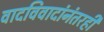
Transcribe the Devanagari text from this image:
वादविवादांनंतरही